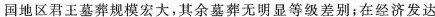
国地区君王墓葬规模宏大，其余墓葬无明显等级差别；在经济发达